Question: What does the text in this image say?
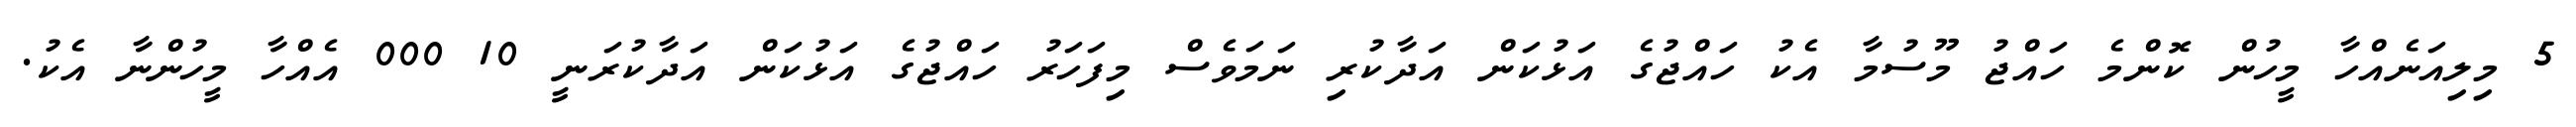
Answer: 5 މިލިއަނެއްހާ މީހުން ކޮންމެ ހައްޖު މޫސުމާ އެކު ހައްޖުގެ އަޅުކަން އަދާކުރި ނަމަވެސް މިފަހަރު ހައްޖުގެ އަޅުކަން އަދާކުރަނީ 10 000 އެއްހާ މީހުންނާ އެކު.